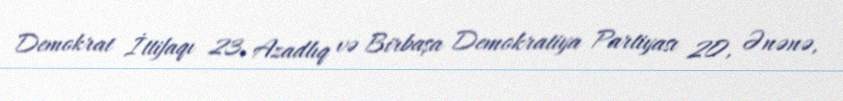
Demokrat İttifaqı 23, Azadlıq və Birbaşa Demokratiya Partiyası 20, Ənənə,